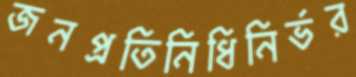
জনপ্রতিনিধিনির্ভর